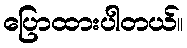
ပြောထားပါတယ်။